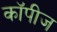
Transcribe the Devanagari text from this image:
कॉपीज